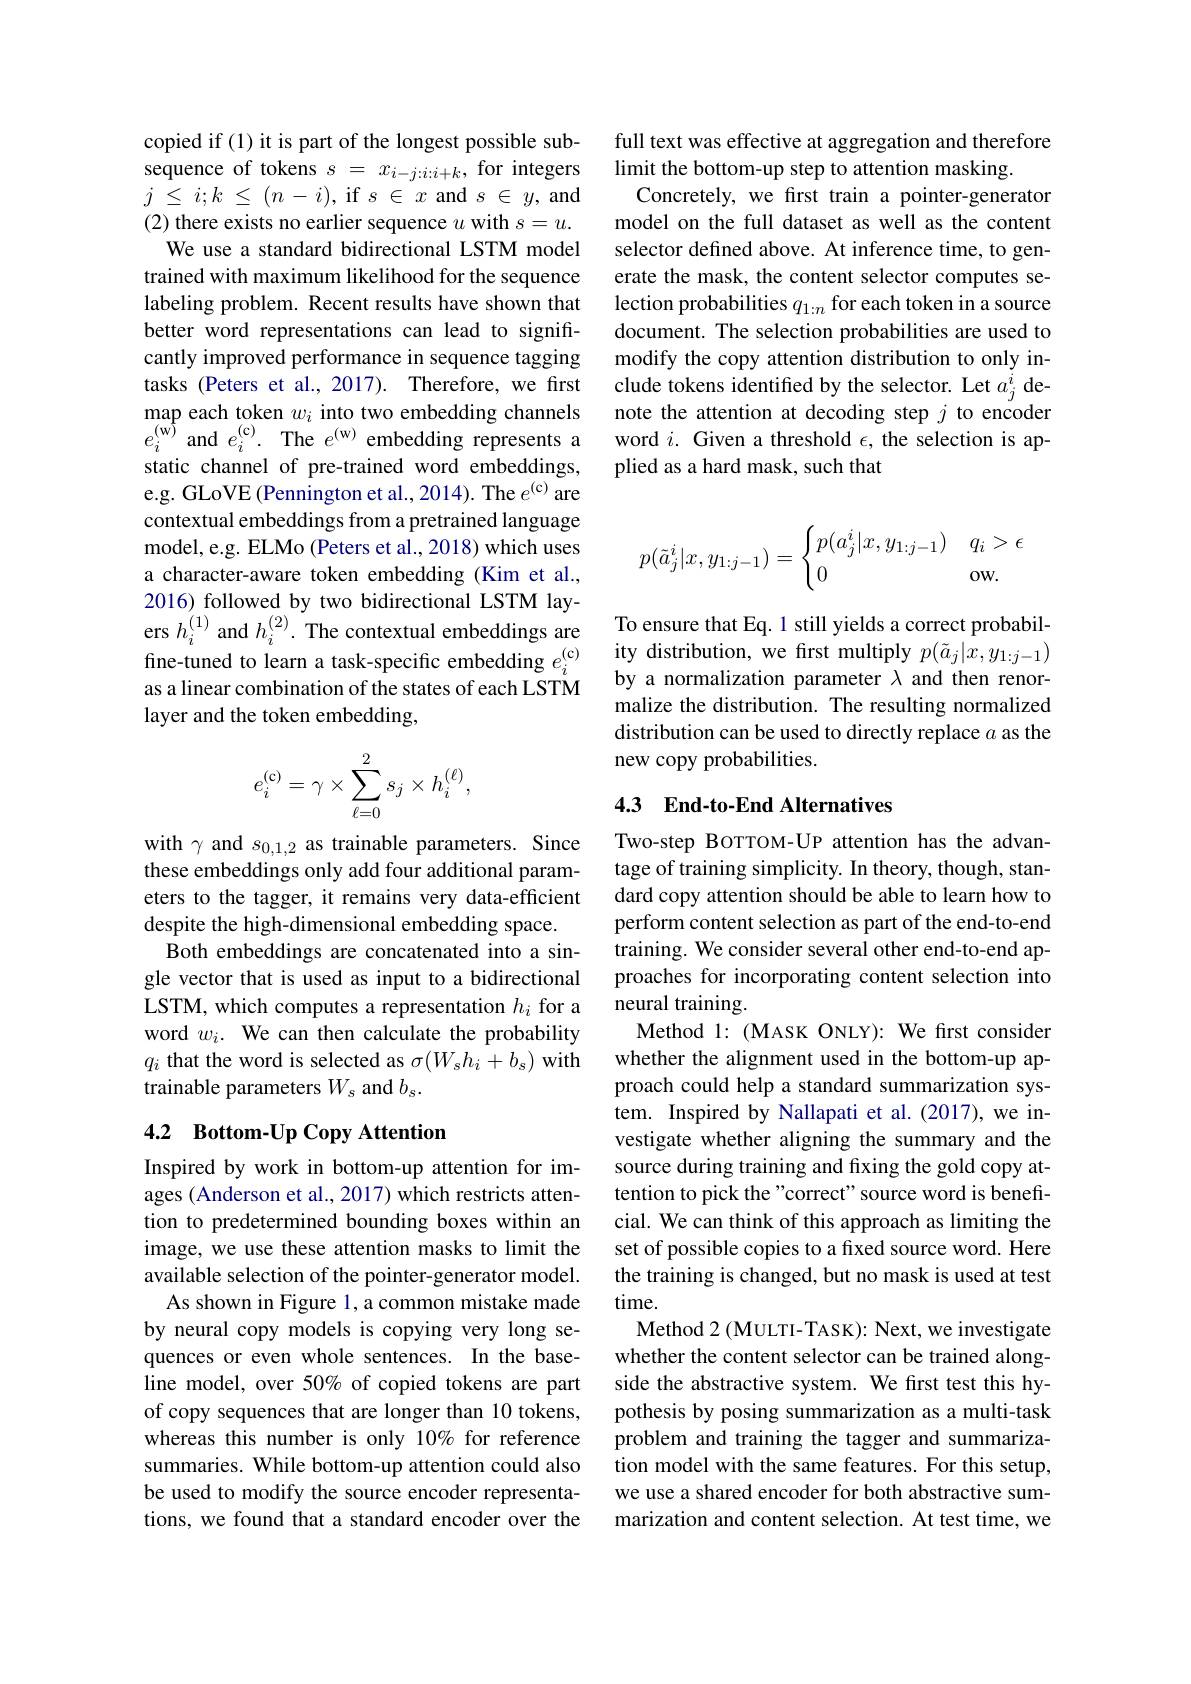
copied if (1) it is part of the longest possible subsequence of tokens $s=x_{i-j:i:i+k}$, for integers $j\le i;k\le(n-i)$,if$s\in x$and$s\in y$,and (2) there exists no earlier sequence $u$ with $s=u.$
We use a standard bidirectional LSTM model trained with maximum likelihood for the sequence labeling problem. Recent results have shown that better word representations can lead to significantly improved performance in sequence tagging tasks (Peters et al., 2017). Therefore, we first map each token $w_i$ into two embedding channels $e_{i}^{\mathrm{(w)}}$ and $e_i^\mathrm{(c)}.$ The $e^\mathrm{(w)}$ embedding represents a static channel of pre-trained word embeddings, e.g. GLoVE (Pennington et al.,2014). The $e^{(\mathrm{c})}$ are contextual embeddings from a pretrained language model, e.g. ELMo (Peters et al., 2018) which uses a character-aware token embedding (Kim et al., 2016) followed by two bidirectional LSTM layers $h_{i}^{(1)}$ and $h_{i}^{(2)}.$ The contextual embeddings are fine-tuned to learn a task-specific embedding $e_i^{(\mathrm{c})}$ ity distribution, we first multiply $p(\tilde{a}_j|x,y_{1:j-1})$
as a linear combination of the states of each LSTM
layer and the token embedding,
$$e_i^{(\mathfrak{c})}=\gamma\times\sum_{\ell=0}^2s_j\times h_i^{(\ell)},$$
with $\gamma$ and $s_0,1,2$ as trainable parameters. Since these embeddings only add four additional parameters to the tagger, it remains very data-efficient despite the high-dimensional embedding space.
Both embeddings are concatenated into a single vector that is used as input to a bidirectional LSTM, which computes a representation $h_i$ for a word $w_i.$ We can then calculate the probability $q_{i}$ that the word is selected as $\sigma(W_sh_i+b_s)$ with trainable parameters $W_s$ and $b_s.$

## 4.2 Bottom-Up Copy Attention

Inspired by work in bottom-up attention for images (Anderson et al., 2017) which restricts attention to predetermined bounding boxes within an image, we use these attention masks to limit the available selection of the pointer-generator model.
As shown in Figure l, a common mistake made by neural copy models is copying very long sequences or even whole sentences. In the baseline model, over 50% of copied tokens are part of copy sequences that are longer than 10 tokens, whereas this number is only 10% for reference summaries. While bottom-up attention could also be used to modify the source encoder representations, we found that a standard encoder over the

full text was effective at aggregation and therefore
limit the bottom-up step to attention masking.
Concretely, we first train a pointer-generator model on the full dataset as well as the content selector defined above. At inference time, to generate the mask, the content selector computes selection probabilities $q_{1:n}$ for each token in a source document. The selection probabilities are used to modify the copy attention distribution to only include tokens identified by the selector. Let $a_j^i$ denote the attention at decoding step $j$ to encoder word $i.$ Given a threshold $\epsilon$, the selection is applied as a hard mask, such that
$$p(\tilde{a}_j^i|x,y_{1:j-1})=\begin{cases}p(a_j^i|x,y_{1:j-1})&q_i>\epsilon\\0&\text{ow.}\end{cases}$$
To ensure that Eq. 1 still yields a correct probabilby a normalization parameter $\lambda$ and then renormalize the distribution. The resulting normalized distribution can be used to directly replace $a$ as the new copy probabilities.

## 4.3 End-to-End Alternatives

Two-step BOTTOM-UP attention has the advantage of training simplicity. In theory, though, standard copy attention should be able to learn how to perform content selection as part of the end-to-end training. We consider several other end-to-end approaches for incorporating content selection into neural training.
Method l: (MASK ONLY): We first consider whether the alignment used in the bottom-up approach could help a standard summarization system. Inspired by Nallapati et al.(2017),we investigate whether aligning the summary and the source during training and fixing the gold copy attention to pick the"correct" source word is beneficial. We can think of this approach as limiting the set of possible copies to a fixed source word. Here the training is changed, but no mask is used at test time.
Method 2 (MULTI-TASK): Next, we investigate whether the content selector can be trained alongside the abstractive system. We first test this hypothesis by posing summarization as a multi-task problem and training the tagger and summarization model with the same features. For this setup, we use a shared encoder for both abstractive summarization and content selection. At test time, we